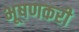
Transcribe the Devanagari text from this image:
भूषणकरी